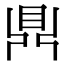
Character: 𪔂